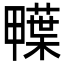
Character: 𮒅